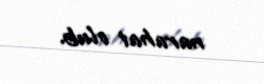
narahat olub.